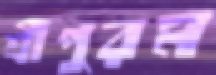
শ্রীপুরম